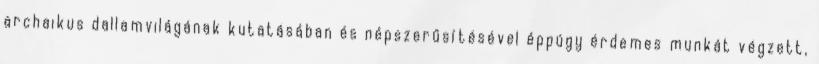
archaikus dallamvilágának kutatásában és népszerűsítésével éppúgy érdemes munkát végzett,